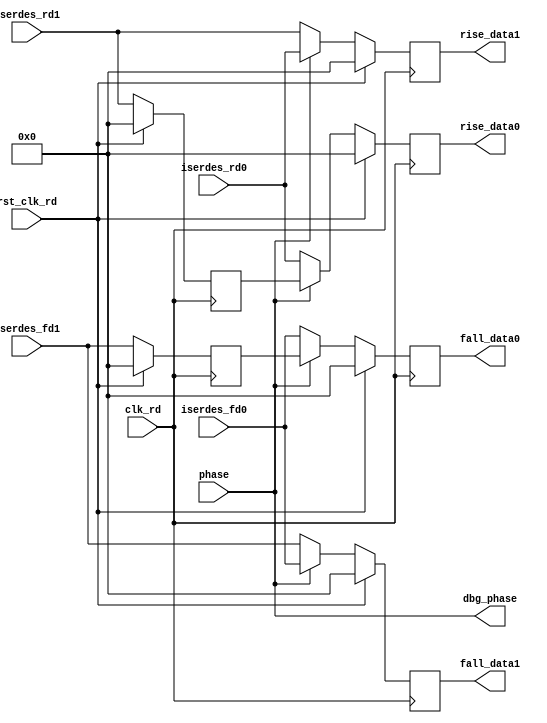
//*****************************************************************************
// (c) Copyright 2009 - 2010 Xilinx, Inc. All rights reserved.
//
// This file contains confidential and proprietary information
// of Xilinx, Inc. and is protected under U.S. and
// international copyright and other intellectual property
// laws.
//
// DISCLAIMER
// This disclaimer is not a license and does not grant any
// rights to the materials distributed herewith. Except as
// otherwise provided in a valid license issued to you by
// Xilinx, and to the maximum extent permitted by applicable
// law: (1) THESE MATERIALS ARE MADE AVAILABLE "AS IS" AND
// WITH ALL FAULTS, AND XILINX HEREBY DISCLAIMS ALL WARRANTIES
// AND CONDITIONS, EXPRESS, IMPLIED, OR STATUTORY, INCLUDING
// BUT NOT LIMITED TO WARRANTIES OF MERCHANTABILITY, NON-
// INFRINGEMENT, OR FITNESS FOR ANY PARTICULAR PURPOSE; and
// (2) Xilinx shall not be liable (whether in contract or tort,
// including negligence, or under any other theory of
// liability) for any loss or damage of any kind or nature
// related to, arising under or in connection with these
// materials, including for any direct, or any indirect,
// special, incidental, or consequential loss or damage
// (including loss of data, profits, goodwill, or any type of
// loss or damage suffered as a result of any action brought
// by a third party) even if such damage or loss was
// reasonably foreseeable or Xilinx had been advised of the
// possibility of the same.
//
// CRITICAL APPLICATIONS
// Xilinx products are not designed or intended to be fail-
// safe, or for use in any application requiring fail-safe
// performance, such as life-support or safety devices or
// systems, Class III medical devices, nuclear facilities,
// applications related to the deployment of airbags, or any
// other applications that could lead to death, personal
// injury, or severe property or environmental damage
// (individually and collectively, "Critical
// Applications"). Customer assumes the sole risk and
// liability of any use of Xilinx products in Critical
// Applications, subject only to applicable laws and
// regulations governing limitations on product liability.
//
// THIS COPYRIGHT NOTICE AND DISCLAIMER MUST BE RETAINED AS
// PART OF THIS FILE AT ALL TIMES.
////////////////////////////////////////////////////////////////////////////////
//   ____  ____
//  /   /\/   /
// /___/  \  /    Vendor             : Xilinx
// \   \   \/     Version            : 3.8 
//  \   \         Application        : MIG
//  /   /         Filename           : phy_read_data_align.v
// /___/   /\     Date Last Modified : $date$
// \   \  /  \    Date Created       : Nov 17, 2008
//  \___\/\___\
//
//Device: Virtex-6
//Design: QDRII+ / RLDRAM_II
//
//Purpose:
//  This module
//  1. Realigns the incoming data based on the phase signal from the delay /
//     alignment calibration. If phase = 0, no realignment occurs and data
//     exits in the same manner that it is delivered from the ISERDES. If
//     phase = 1, the data is realigned to correct for the CLK/CLKB
//     relationship relative to CLKDIV in the ISERDES. Specifically it delays
//     iserdes data 1 and swaps position with iserdes data 0.
//
//Revision History:
//
////////////////////////////////////////////////////////////////////////////////

`timescale 1ps/1ps

module phy_read_data_align #
(
  parameter MEMORY_WIDTH  = 36, // Width of each memory
  parameter TCQ           = 100 // Register delay
)
(
  // System Signals
  input                           clk_rd,       // half freq CQ clock
  input                           rst_clk_rd,   // reset syncrhonized to clk_rd

  // ISERDES Interface
  input       [MEMORY_WIDTH-1:0]  iserdes_rd0,  // rising data 0 from ISERDES
  input       [MEMORY_WIDTH-1:0]  iserdes_fd0,  // falling data 0 from ISERDES
  input       [MEMORY_WIDTH-1:0]  iserdes_rd1,  // rising data 1 from ISERDES
  input       [MEMORY_WIDTH-1:0]  iserdes_fd1,  // falling data 1 from ISERDES

  // DCB Interface
  output reg  [MEMORY_WIDTH-1:0]  rise_data0,   // rising data 0 to DCB
  output reg  [MEMORY_WIDTH-1:0]  fall_data0,   // falling data 0 to DCB
  output reg  [MEMORY_WIDTH-1:0]  rise_data1,   // rising data 1 to DCB
  output reg  [MEMORY_WIDTH-1:0]  fall_data1,   // falling data 1 to DCB

  // Delay/Alignment Calibration Interface
  input                           phase,        // realigns when asserted
  
  // ChipScope Debug Signals
  output                          dbg_phase     // phase indicator
);

  reg [MEMORY_WIDTH-1:0]  iserdes_rd1_r;
  reg [MEMORY_WIDTH-1:0]  iserdes_fd1_r;

  // Delay rising and falling data 1 from ISERDES in case the data needs
  // to be realigned
  always @(posedge clk_rd) begin
    if (rst_clk_rd) begin
      iserdes_rd1_r <= #TCQ 0;
      iserdes_fd1_r <= #TCQ 0;
    end else begin
      iserdes_rd1_r <= #TCQ iserdes_rd1;
      iserdes_fd1_r <= #TCQ iserdes_fd1;
    end
  end

  // Realign when phase is asserted. Rise and fall data 0 output is derived from
  // the registered rise and fall data 1 (from above) from the ISERDES. Rise and
  // fall data 1 output comes from the ISERDES rise and fall data 0.
  always @(posedge clk_rd) begin
    if (rst_clk_rd) begin
      rise_data0 <= #TCQ 0;
      fall_data0 <= #TCQ 0;
      rise_data1 <= #TCQ 0;
      fall_data1 <= #TCQ 0;
    end else begin
      rise_data0 <= #TCQ phase ? iserdes_rd1_r : iserdes_rd0;
      fall_data0 <= #TCQ phase ? iserdes_fd1_r : iserdes_fd0;
      rise_data1 <= #TCQ phase ? iserdes_rd0 : iserdes_rd1;
      fall_data1 <= #TCQ phase ? iserdes_fd0 : iserdes_fd1;
    end
  end

  // Assign debug signals
  assign dbg_phase = phase;

endmodule